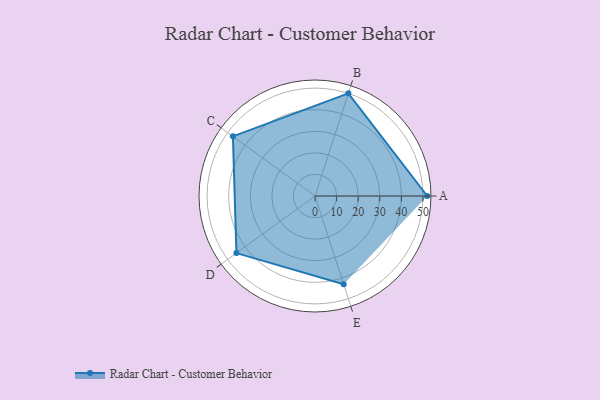
{"axis": {"x": "Skill", "y": "Score"}, "legend": ["Profile"], "data": [{"x": "A", "y": 52.0, "type": "Profile"}, {"x": "B", "y": 50.0, "type": "Profile"}, {"x": "C", "y": 47.0, "type": "Profile"}, {"x": "D", "y": 45.0, "type": "Profile"}, {"x": "E", "y": 43.0, "type": "Profile"}]}